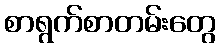
စာရွက်စာတမ်းတွေ